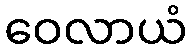
ဝေလာယံ